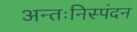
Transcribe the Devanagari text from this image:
अन्तःनिस्पंदन